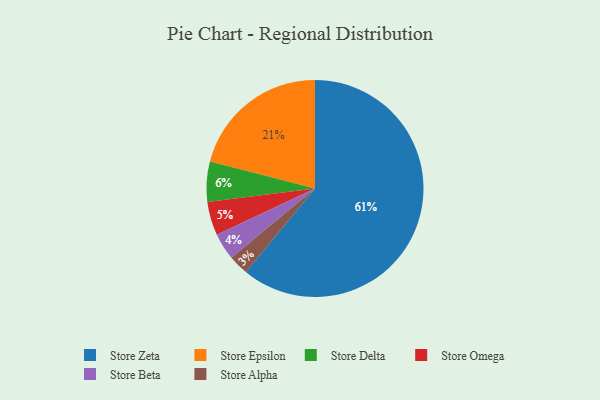
{"axis": {"x": "Category", "y": "Percentage"}, "legend": ["Store Alpha", "Store Beta", "Store Delta", "Store Epsilon", "Store Omega", "Store Zeta"], "data": [{"x": "Store Delta", "y": 6, "type": "Store Delta"}, {"x": "Store Alpha", "y": 3, "type": "Store Alpha"}, {"x": "Store Epsilon", "y": 21, "type": "Store Epsilon"}, {"x": "Store Omega", "y": 5, "type": "Store Omega"}, {"x": "Store Zeta", "y": 61, "type": "Store Zeta"}, {"x": "Store Beta", "y": 4, "type": "Store Beta"}]}